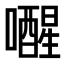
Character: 𫬞